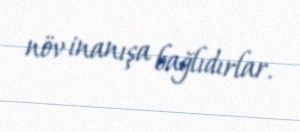
növ inanışa bağlıdırlar.